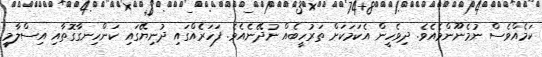
ކަމެއްވެސް ނުމެނޫންމެއެވެ. ދިވެހީން އެކަމަކަށް ތަރުހީބެއް ނުދޭނެއެވެ. ފަހަރެއްގައި ދުނިޔޭގައި ކަންހިނގާގޮތާއި އިސްލާމީ